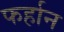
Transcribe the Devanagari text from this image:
फर्हान